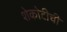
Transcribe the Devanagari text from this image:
शेकोटीची